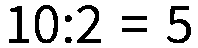
10:2 = 5